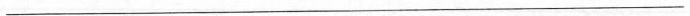
_____________________